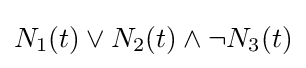
N_{1}(t)\vee N_{2}(t)\wedge \neg N_{3}(t)